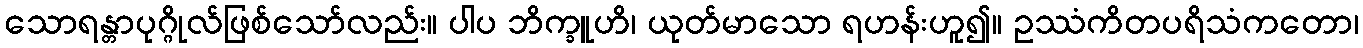
သောရန္တာပုဂ္ဂိုလ်ဖြစ်သော်လည်း။ ပါပ ဘိက္ခူဟိ၊ ယုတ်မာသော ရဟန်းဟူ၍။ ဥဿံကိတပရိသံကတော၊